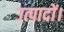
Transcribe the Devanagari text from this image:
उत्पादों।